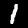
Label: 1